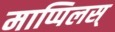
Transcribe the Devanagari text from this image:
माप्पिलस्